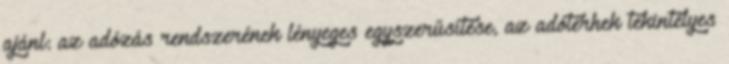
ajánl: az adózás rendszerének lényeges egyszerűsítése, az adóterhek tekintélyes